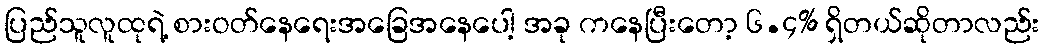
ပြည်သူလူထုရဲ့ စားဝတ်နေရေးအခြေအနေပေါ့ အခု ကနေပြီးတော့ ၆.၄% ရှိတယ်ဆိုတာလည်း